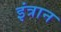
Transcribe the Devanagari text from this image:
इंत्रान